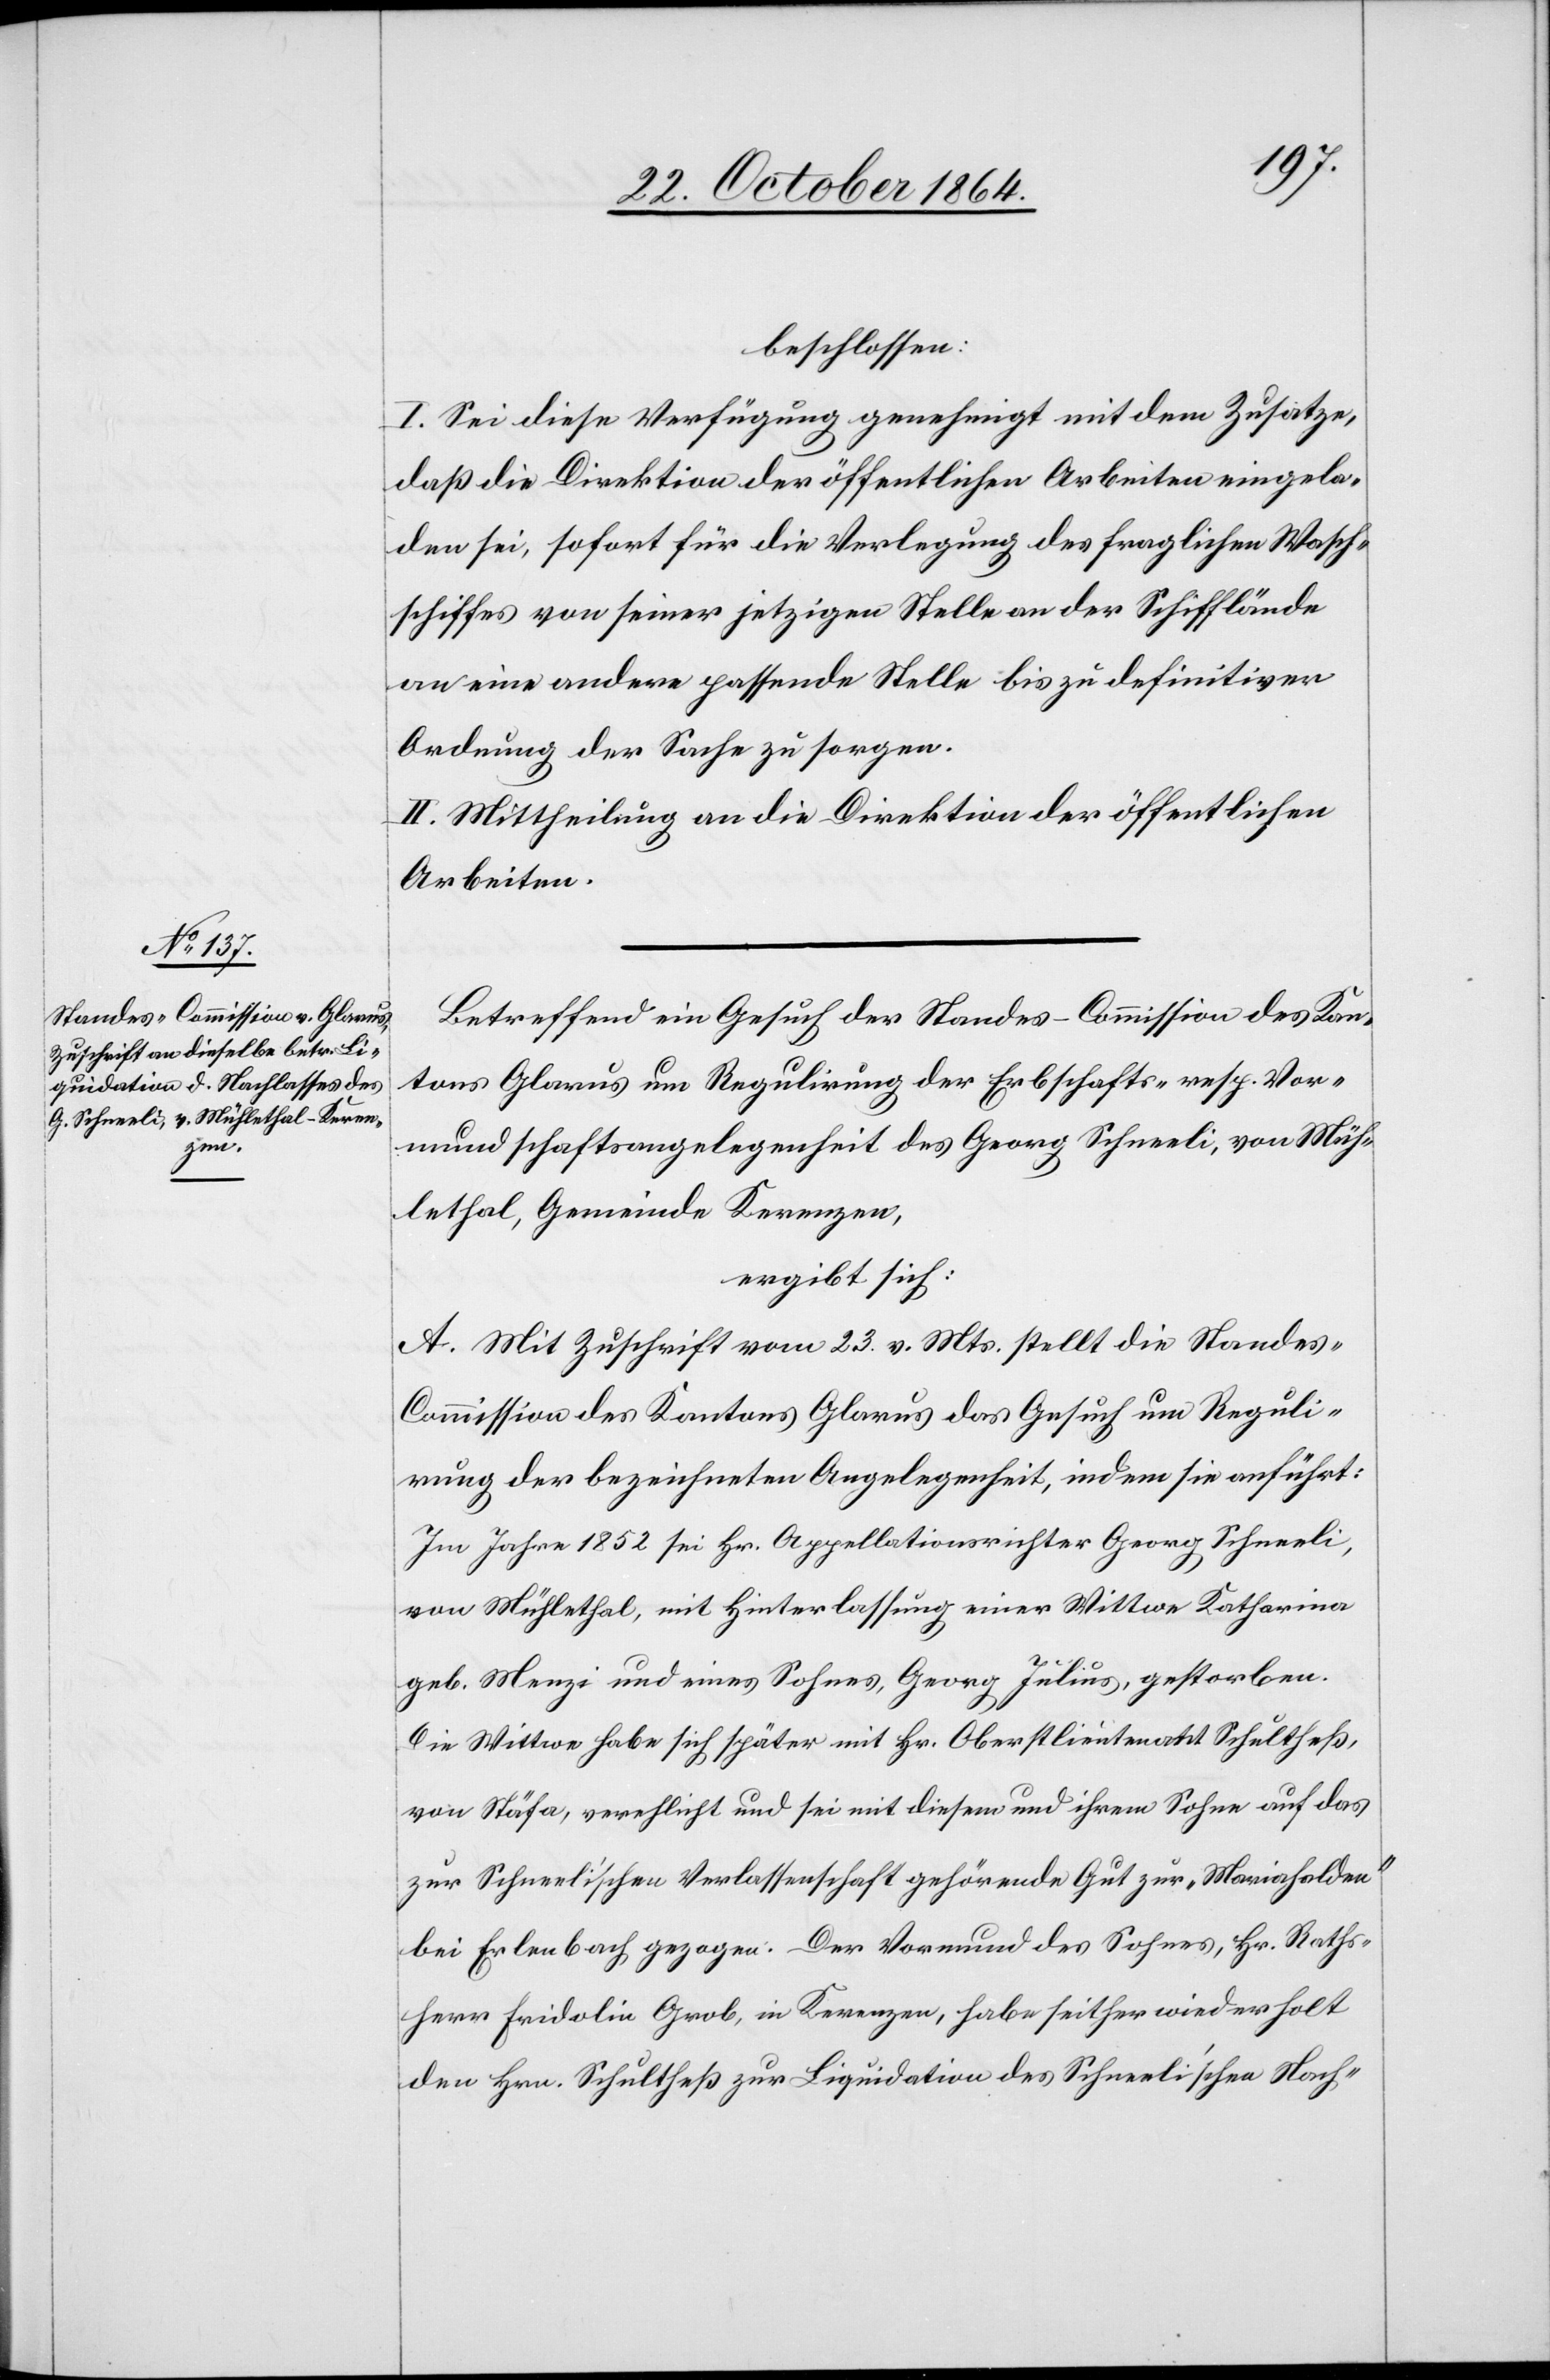
beschlossen:
I. Sei diese Verfügung genehmigt mit dem Zusatze,
daß die Direktion der öffentlichen Arbeiten eingela¬
den sei, sofort für die Verlegung des fraglichen Wasch¬
schiffes von seiner jetzigen Stelle an der Schifflände
an eine andere passende Stelle bis zu definitiver
Ordnung der Sache zu sorgen.
II. Mittheilung an die Direktion der öffentlichen
Arbeiten.
Betreffend ein Gesuch der Standes-Commission des Kan¬
tons Glarus um Regulirung der Erbschafts- resp. Vor¬
mundschaftsangelegenheit des Georg Schneeli, von Müh¬
lethal, Gemeinde Kerenzen,
ergibt sich:
A. Mit Zuschrift vom 23. v. Mts. stellt die Standes-C¬
ommission des Kantons Glarus das Gesuch um Reguli¬
rung der bezeichneten Angelegenheit, indem sie anführt:
Im Jahre 1852 sei Hr. Appellationsrichter Georg Schneeli,
von Mühlethal, mit Hinterlassung einer Wittwe Katharina
geb. Menzi und eines Sohnes Georg Julius, gestorben.
Die Wittwe habe sich später mit Hr. Oberstlieutnant Schultheß,
von Stäfa, verehelicht und sei mit diesem und ihrem Sohne auf das
zur Schneeli’schen Verlassenschaft gehörende Gut zur „Mariahalden“
bei Erlenbach gezogen. Der Vormund des Sohnes, Hr. Raths¬
herr Fridolin Grob, in Kerenzen, habe seither wiederholt
den Hrn. Schultheß zur Liquidation des Schneeli’schen Nach-